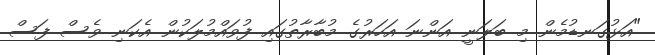
"އަޅުގަނޑުމެން މި ބަލަނީ އަންނަ އަހަރުގެ މުބާރާތުގައި ފުވައްމުލަކުން އެކަނި ވެސް ފަސް